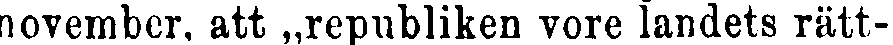
november, att „republiken vore landets rätt-